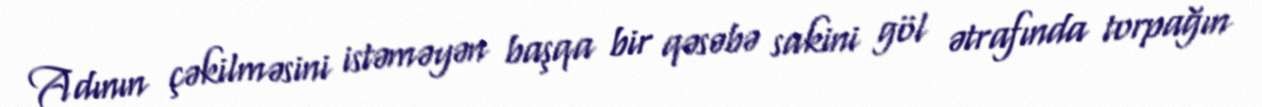
Adının çəkilməsini istəməyən başqa bir qəsəbə sakini göl ətrafında torpağın